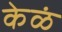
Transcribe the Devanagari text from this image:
केळं